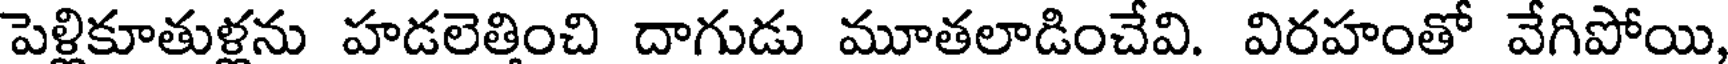
పెళ్లికూతుళ్లను హడలెత్తించి దాగుడు మూతలాడించేవి. విరహంతో వేగిపోయి,